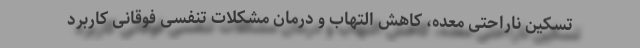
تسکین ناراحتی معده، کاهش التهاب و درمان مشکلات تنفسی فوقانی کاربرد